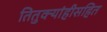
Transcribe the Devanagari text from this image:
तितुक्यांहीसहित